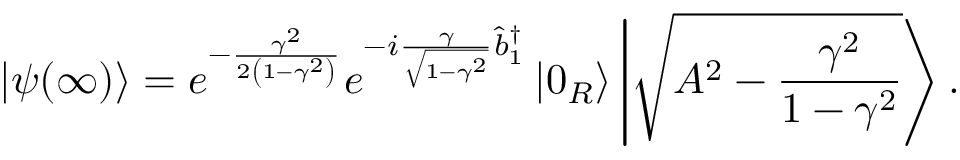
\left\vert \psi ( \infty ) \right\rangle = e ^ { - \frac { \gamma ^ { 2 } } { 2 \left( 1 - \gamma ^ { 2 } \right) } } e ^ { - i \frac { \gamma } { \sqrt { 1 - \gamma ^ { 2 } } } \hat { b } _ { 1 } ^ { \dagger } } \left\vert 0 _ { R } \right\rangle \left\vert \sqrt { A ^ { 2 } - \frac { \gamma ^ { 2 } } { 1 - \gamma ^ { 2 } } } \right\rangle .